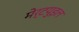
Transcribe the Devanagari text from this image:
मेर्टयुइल